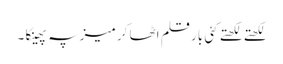
لکھتے لکھتے کئی بار قلم اٹھا کر میز پہ پھینکا ۔